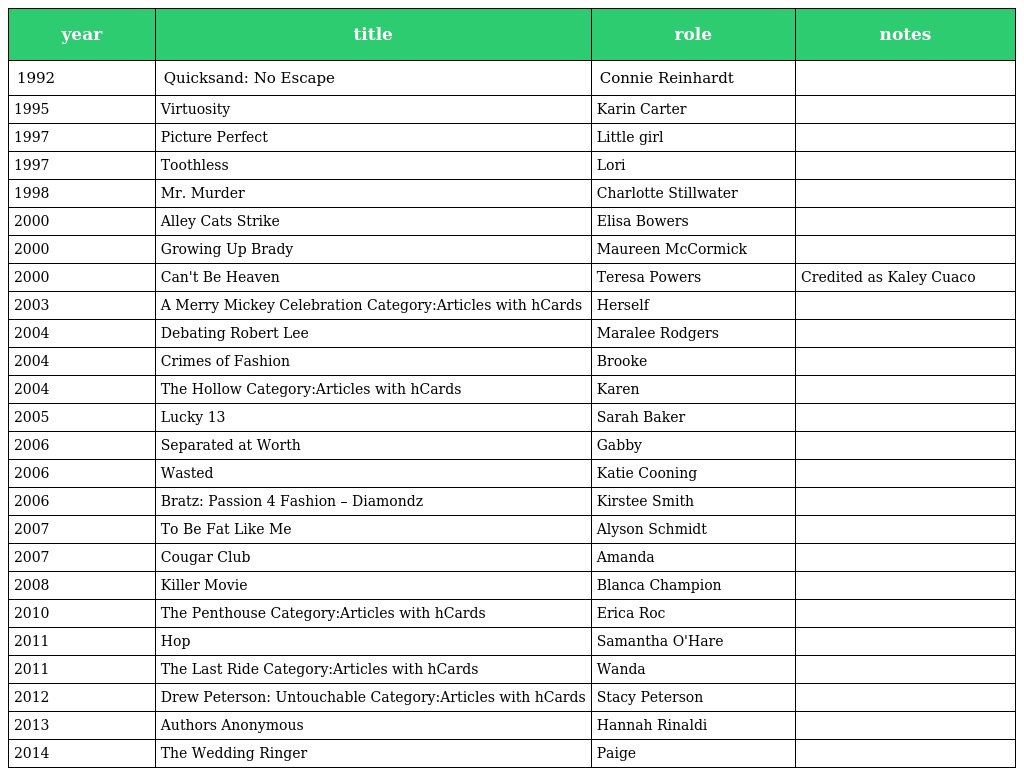
| year | title | role | notes |
 | --- | --- | --- | --- |
 | 1992 | Quicksand: No Escape | Connie Reinhardt |  |
 | 1995 | Virtuosity | Karin Carter |  |
 | 1997 | Picture Perfect | Little girl |  |
 | 1997 | Toothless | Lori |  |
 | 1998 | Mr. Murder | Charlotte Stillwater |  |
 | 2000 | Alley Cats Strike | Elisa Bowers |  |
 | 2000 | Growing Up Brady | Maureen McCormick |  |
 | 2000 | Can't Be Heaven | Teresa Powers | Credited as Kaley Cuaco |
 | 2003 | A Merry Mickey Celebration Category:Articles with hCards | Herself |  |
 | 2004 | Debating Robert Lee | Maralee Rodgers |  |
 | 2004 | Crimes of Fashion | Brooke |  |
 | 2004 | The Hollow Category:Articles with hCards | Karen |  |
 | 2005 | Lucky 13 | Sarah Baker |  |
 | 2006 | Separated at Worth | Gabby |  |
 | 2006 | Wasted | Katie Cooning |  |
 | 2006 | Bratz: Passion 4 Fashion – Diamondz | Kirstee Smith |  |
 | 2007 | To Be Fat Like Me | Alyson Schmidt |  |
 | 2007 | Cougar Club | Amanda |  |
 | 2008 | Killer Movie | Blanca Champion |  |
 | 2010 | The Penthouse Category:Articles with hCards | Erica Roc |  |
 | 2011 | Hop | Samantha O'Hare |  |
 | 2011 | The Last Ride Category:Articles with hCards | Wanda |  |
 | 2012 | Drew Peterson: Untouchable Category:Articles with hCards | Stacy Peterson |  |
 | 2013 | Authors Anonymous | Hannah Rinaldi |  |
 | 2014 | The Wedding Ringer | Paige |  |